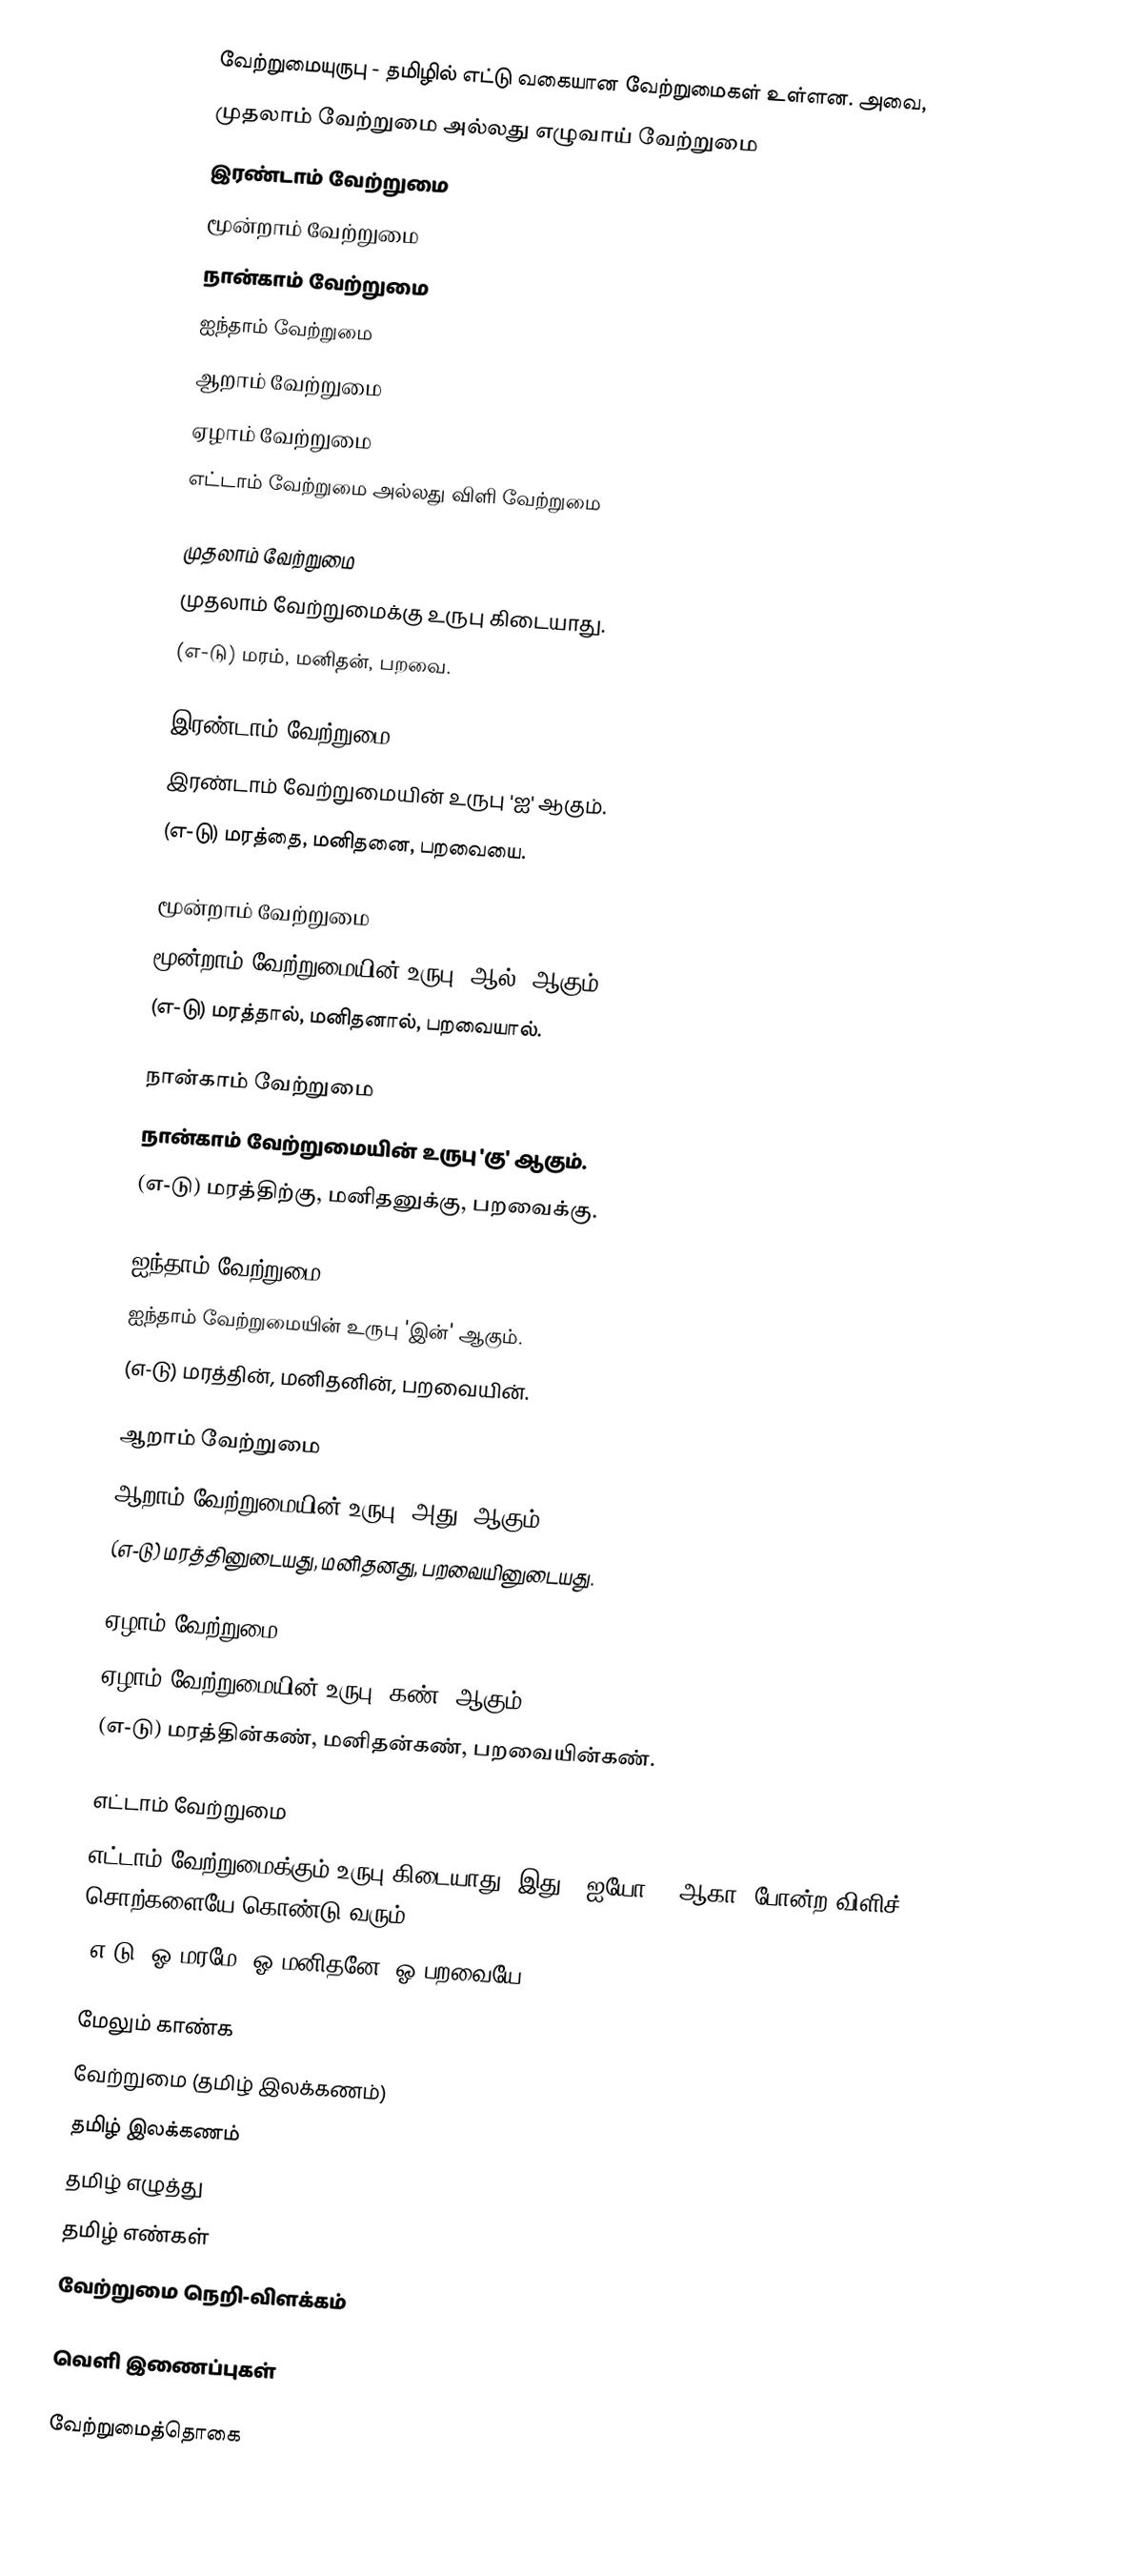
வேற்றுமையுருபு - தமிழில் எட்டு வகையான வேற்றுமைகள் உள்ளன. அவை,
 முதலாம் வேற்றுமை அல்லது எழுவாய் வேற்றுமை
 இரண்டாம் வேற்றுமை
 மூன்றாம் வேற்றுமை
 நான்காம் வேற்றுமை
 ஐந்தாம் வேற்றுமை
 ஆறாம் வேற்றுமை
 ஏழாம் வேற்றுமை
 எட்டாம் வேற்றுமை அல்லது விளி வேற்றுமை

முதலாம் வேற்றுமை
முதலாம் வேற்றுமைக்கு உருபு கிடையாது.
(எ-டு) மரம், மனிதன், பறவை.

இரண்டாம் வேற்றுமை
இரண்டாம் வேற்றுமையின் உருபு 'ஐ' ஆகும்.
(எ-டு) மரத்தை, மனிதனை, பறவையை.

மூன்றாம் வேற்றுமை
மூன்றாம் வேற்றுமையின் உருபு 'ஆல்' ஆகும்.
(எ-டு) மரத்தால், மனிதனால், பறவையால்.

நான்காம் வேற்றுமை
நான்காம் வேற்றுமையின் உருபு 'கு' ஆகும்.
(எ-டு) மரத்திற்கு, மனிதனுக்கு, பறவைக்கு.

ஐந்தாம் வேற்றுமை
ஐந்தாம் வேற்றுமையின் உருபு 'இன்' ஆகும்.
(எ-டு) மரத்தின், மனிதனின், பறவையின்.

ஆறாம் வேற்றுமை
ஆறாம் வேற்றுமையின் உருபு 'அது' ஆகும்.
(எ-டு) மரத்தினுடையது, மனிதனது, பறவையினுடையது.

ஏழாம் வேற்றுமை
ஏழாம் வேற்றுமையின் உருபு 'கண்' ஆகும்.
(எ-டு) மரத்தின்கண், மனிதன்கண், பறவையின்கண்.

எட்டாம் வேற்றுமை
எட்டாம் வேற்றுமைக்கும் உருபு கிடையாது. இது, 'ஐயோ', 'ஆகா' போன்ற விளிச் சொற்களையே கொண்டு வரும்.
(எ-டு) ஓ மரமே, ஓ மனிதனே, ஓ பறவையே.

மேலும் காண்க
வேற்றுமை (தமிழ் இலக்கணம்)
தமிழ் இலக்கணம்
தமிழ் எழுத்து
தமிழ் எண்கள்
வேற்றுமை நெறி-விளக்கம்

வெளி இணைப்புகள்

வேற்றுமைத்தொகை